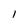
Character: l